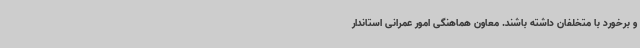
و برخورد با متخلفان داشته باشند. معاون هماهنگی امور عمرانی استاندار